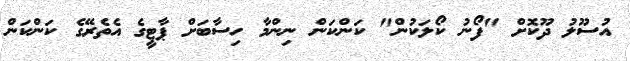
އުސޫލު ދޫކޮށް "ފޯނު ކޯލަކުން" ކަންކަން ނިންމާ ހިސާބަށް ޕާޓީގެ އެތެރޭގެ ކަންކަން